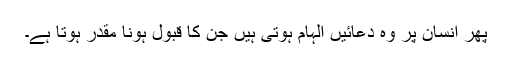
پھر انسان پر وہ دعائیں الہام ہوتی ہیں جن کا قبول ہونا مقدر ہوتا ہے۔